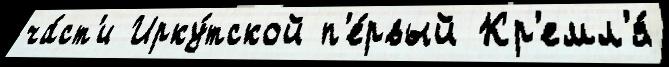
ча́ст'и Ирку́тской п'е́рвый Кр'емл'я́